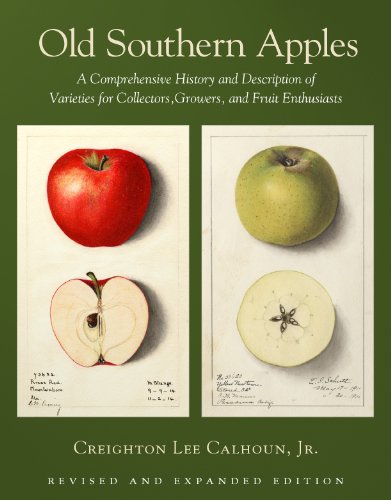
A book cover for Old Southern Apples: A Comprehensive History and Description of Varieties for Collectors, Growers, and Fruit Enthusiasts, 2nd Edition; Creighton Lee Calhoun Jr.; Crafts, Hobbies & Home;